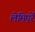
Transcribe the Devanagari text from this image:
लेमिएर्रे